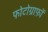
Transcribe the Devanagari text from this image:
फोटोग्राफ़ों